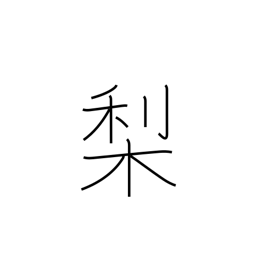
Meaning: pear tree